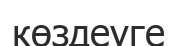
көздеуге